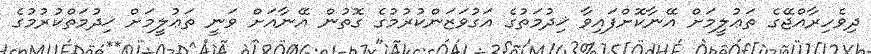
ދިވެހިރާއްޖޭގެ ތަޢުލީމަށް އޭނާކޮށްފައިވާ ޚިދުމަތުގެ އަގުވަޒަންކުރުމުގެ ގޮތުން އޭނާއަށް ވަނީ ތަޢުލީމަށް ޚިދުމަތްކުރުމުގެ